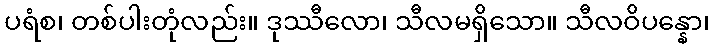
ပရံစ၊ တစ်ပါးတုံလည်း။ ဒုဿီလော၊ သီလမရှိသော။ သီလဝိပန္နော၊